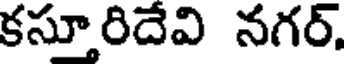
కస్తూరిదేవి నగర్.